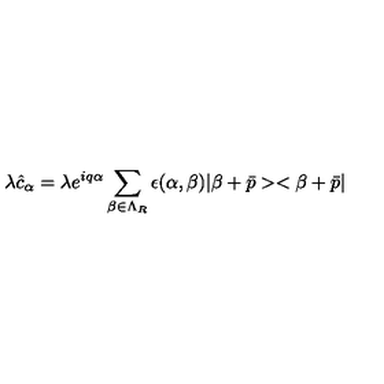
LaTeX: \lambda \hat { c } _ { \alpha } = \lambda e ^ { i q \alpha } \sum _ { \beta \in \Lambda _ { R } } \epsilon ( \alpha , \beta ) | \beta + \bar { p } > < \beta + \bar { p } |